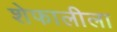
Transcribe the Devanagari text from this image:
शेफालीला